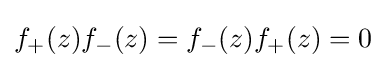
f_{+}(z)f_{-}(z)=f_{-}(z)f_{+}(z)=0